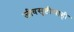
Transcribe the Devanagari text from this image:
जीवसृष्टीचाही